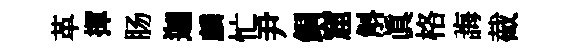
革揮肠迦麟忙尹銅窟斛真格誨截